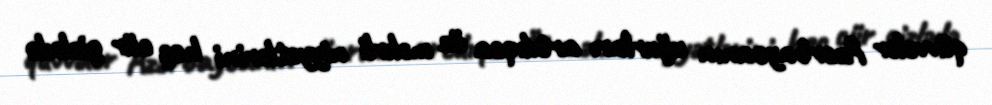
qüvvələr Azərbaycanın uğurları artdıqca öz məkrli niyyətlərini heç cür gizlədə